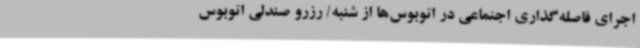
اجرای فاصله‌گذاری اجتماعی در اتوبوس‌ها از شنبه/ رزرو صندلی اتوبوس